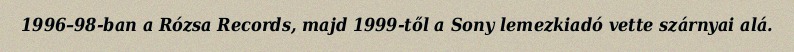
1996–98-ban a Rózsa Records, majd 1999-től a Sony lemezkiadó vette szárnyai alá.